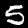
Digit: 5